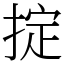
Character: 掟